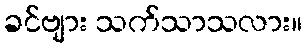
ခင်ဗျား သက်သာသလား။